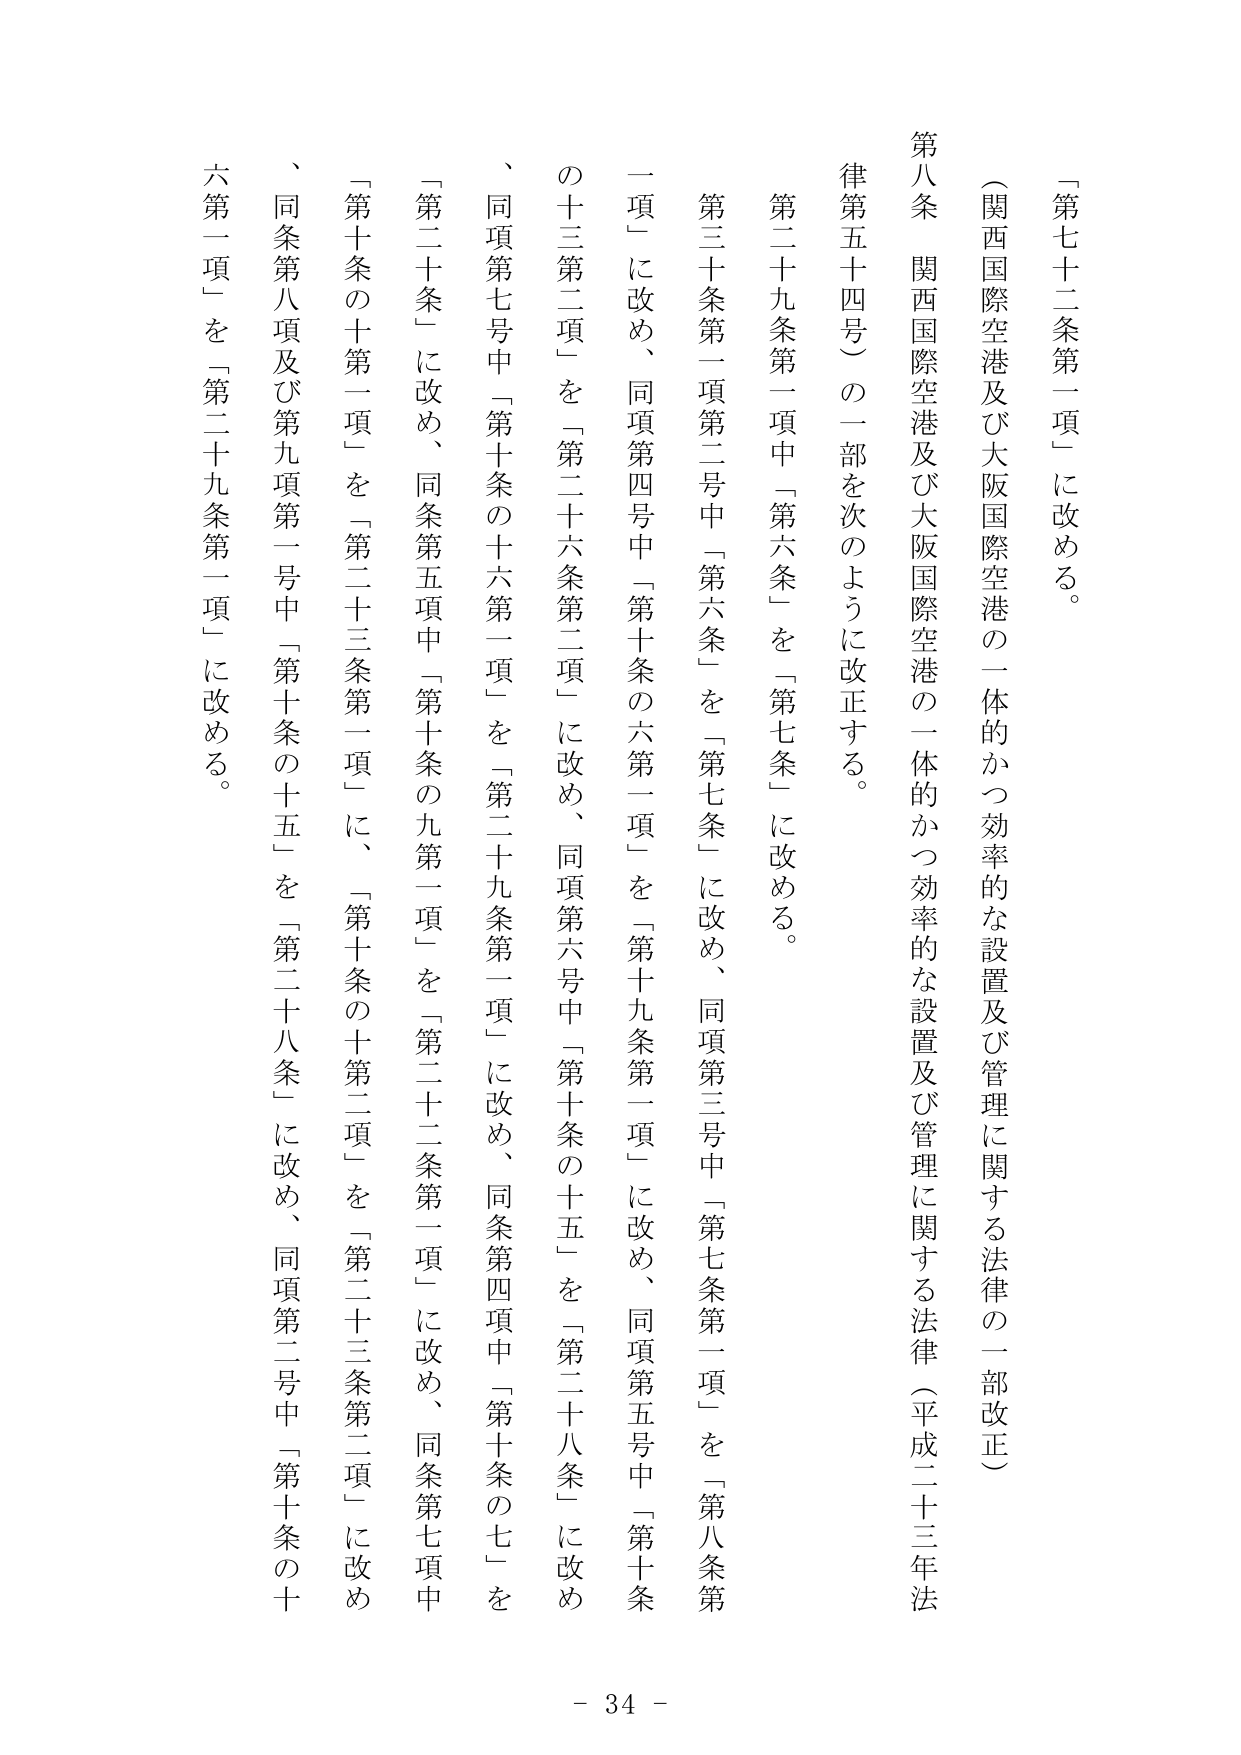
「第七十二条第一項」に改める。

（関西国際空港及び大阪国際空港の一体的かつ効率的な設置及び管理に関する法律の一部改正）

第八条 関西国際空港及び大阪国際空港の一体的かつ効率的な設置及び管理に関する法律（平成二十三年法律第五十四号）の一部を次のように改正する。

第二十九条第一項中「第六条」を「第七条」に改める。

第三十条第一項第二号中「第六条」を「第七条」に改め、同項第三号中「第七条第一項」を「第八条第一項」に改め、同項第四号中「第十条の六第一項」を「第十九条第一項」に改め、同項第五号中「第十条の十三第二項」を「第二十六条第二項」に改め、同項第六号中「第十条の十五」を「第二十八条」に改め、同項第七号中「第十条の十六第一項」を「第二十九条第一項」に改め、同条第四項中「第十条の七」を「第二十条」に改め、同条第五項中「第十条の九第一項」を「第二十二条第一項」に改め、同条第七項中「第十条の十第一項」を「第二十三条第一項」に、「第十条の十第二項」を「第二十三条第二項」に改め、同条第八項及び第九項第一号中「第十条の十五」を「第二十八条」に改め、同項第二号中「第十条の十六第一項」を「第二十九条第一項」に改める。